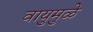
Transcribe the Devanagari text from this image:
वायुमुळे